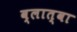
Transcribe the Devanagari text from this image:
व्लात्वा